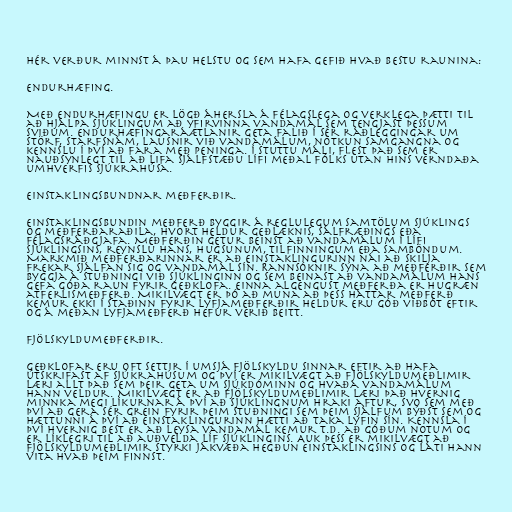
Hér verður minnst á þau helstu og sem hafa gefið hvað bestu raunina:

Endurhæfing.

Með endurhæfingu er lögð áhersla á félagslega og verklega þætti til
að hjálpa sjúklingum að yfirvinna vandamál sem tengjast þessum
sviðum. Endurhæfingaráætlanir geta falið í sér ráðleggingar um
störf, starfsnám, lausnir við vandamálum, notkun samgangna og
kennslu í því að fara með peninga. Í stuttu máli, flest það sem er
nauðsynlegt til að lifa sjálfstæðu lífi meðal fólks utan hins verndaða
umhverfis sjúkrahúsa.

Einstaklingsbundnar meðferðir.

Einstaklingsbundin meðferð byggir á reglulegum samtölum sjúklings
og meðferðaraðila, hvort heldur geðlæknis, sálfræðings eða
félagsráðgjafa. Meðferðin getur beinst að vandamálum í lífi
sjúklingsins, reynslu hans, hugsunum, tilfinningum eða samböndum.
Markmið meðferðarinnar er að einstaklingurinn nái að skilja
frekar sjálfan sig og vandamál sín. Rannsóknir sýna að meðferðir sem
byggja á stuðningi við sjúklinginn og sem beinast að vandamálum hans
gefa góða raun fyrir geðklofa. Einna algengust meðferða er hugræn
atferlismeðferð. Mikilvægt er þó að muna að þess háttar meðferð
kemur ekki í staðinn fyrir lyfjameðferðir heldur eru góð viðbót eftir
og á meðan lyfjameðferð hefur verið beitt.

Fjölskyldumeðferðir.

Geðklofar eru oft settir í umsjá fjölskyldu sinnar eftir að hafa
útskrifast af sjúkrahúsum og því er mikilvægt að fjölskyldumeðlimir
læri allt það sem þeir geta um sjúkdóminn og hvaða vandamálum
hann veldur. Mikilvægt er að fjölskyldumeðlimir læri það hvernig
minnka megi líkurnar á því að sjúklingnum hraki aftur, svo sem með
því að gera sér grein fyrir þeim stuðningi sem þeim sjálfum býðst sem og
hættunni á því að einstaklingurinn hætti að taka lyfin sín. Kennsla í
því hvernig best er að leysa vandamál kemur t.d. að góðum notum og
er líklegri til að auðvelda líf sjúklingins. Auk þess er mikilvægt að
fjölskyldumeðlimir styrki jákvæða hegðun einstaklingsins og láti hann
vita hvað þeim finnst.